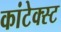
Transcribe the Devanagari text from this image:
कांटेक्स्ट